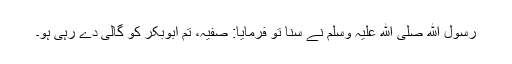
رسول ﷲ صلی ﷲ علیہ وسلم نے سنا تو فرمایا: صفیہ، تم ابوبکر کو گالی دے رہی ہو۔